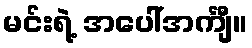
မင်းရဲ့ အပေါ်အင်္ကျီ။